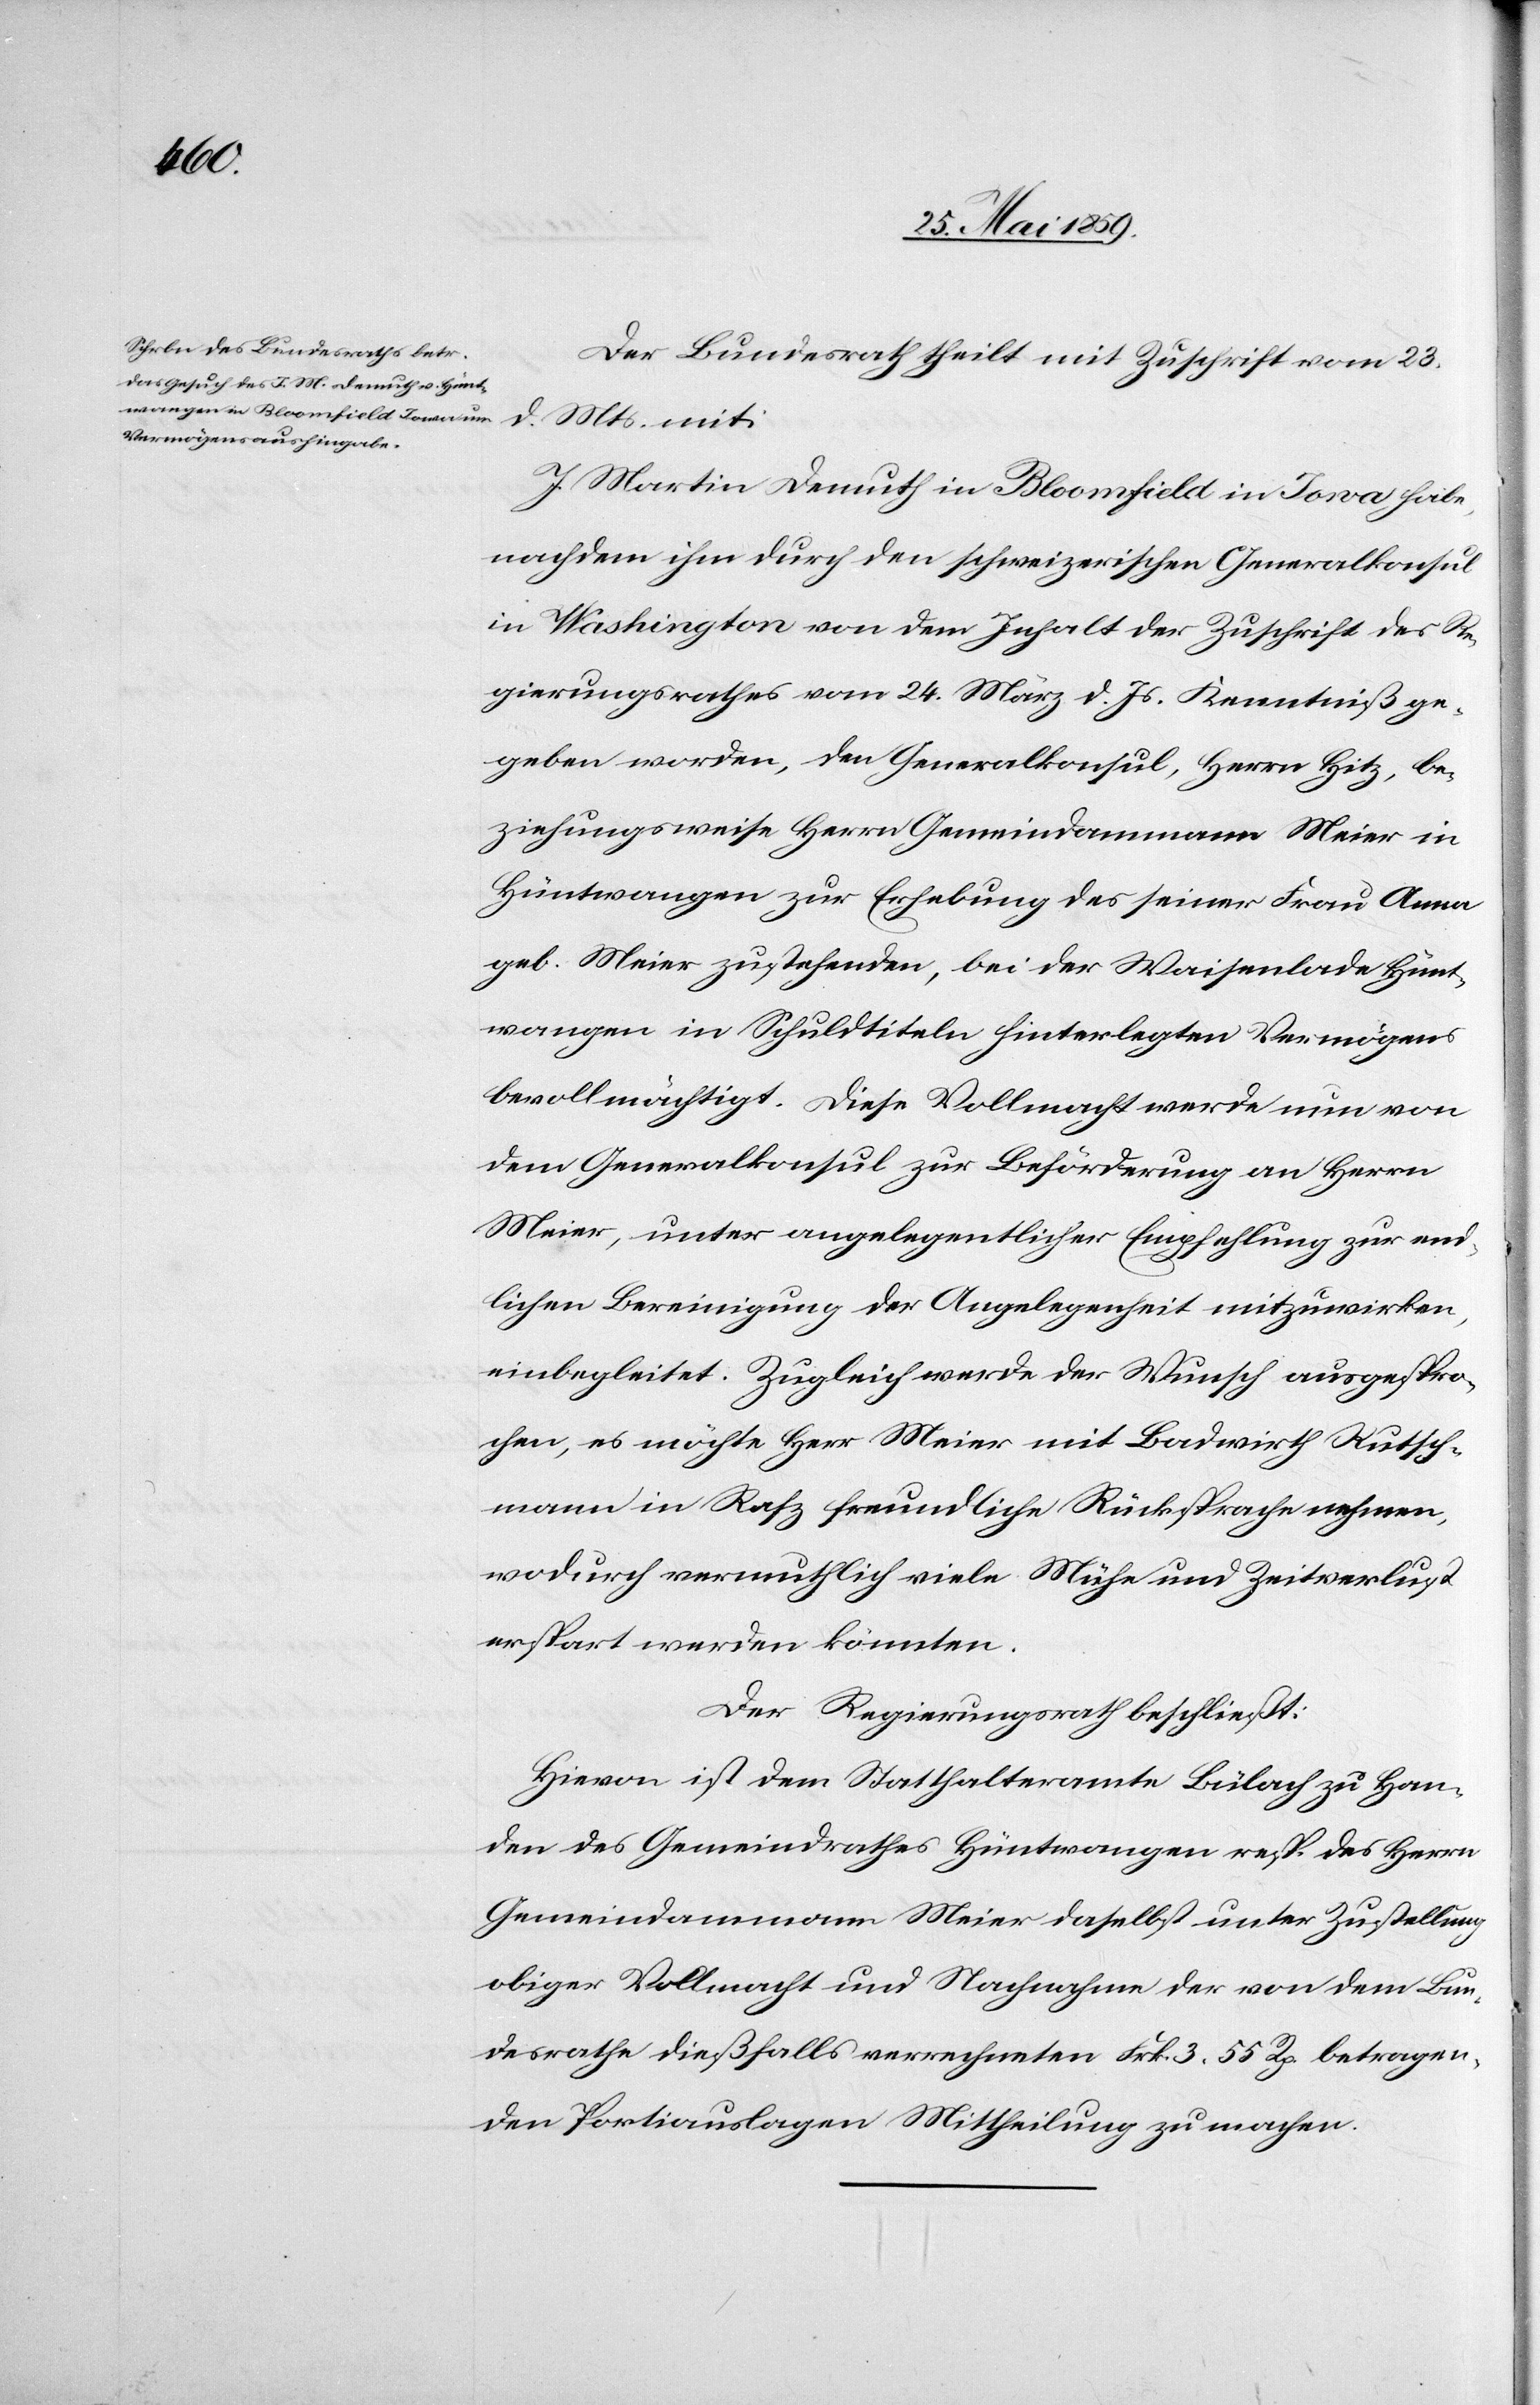
Der Bundesrath theilt mit Zuschrift vom 23.
d. Mts. mit:
J. Martin Demuth in Bloomfield in Iowa habe,
nachdem ihm durch den schweizerischen Generalkonsul
in Washington von dem Inhalt der Zuschrift des Re¬
gierungsrathes vom 24. März d. Js. Kenntniß ge¬
geben worden, den Generalkonsul, Herrn Hitz, be¬
ziehungsweise Herrn Gemeindamman Meier in
Hüntwangen zur Erhebung des seiner Frau Anna
geb. Meier zustehenden, bei der Waisenlade Hünt¬
wangen in Schuldtiteln hinterlegten Vermögens
bevollmächtigt. Diese Vollmacht werde nun von
dem Generalkonsul zur Beförderung an Herrn
Meier, unter angelegentlicher Empfehlung zur end¬
lichen Bereinigung der Angelegenheit mitzuwirken,
einbegleitet. Zugleich werde der Wunsch ausgespro¬
chen, es möchte Herr Meier mit Badwirth Kutsch¬
mann in Rafz freundliche Rücksprache nehmen,
wodurch vermuthlich viele Mühe und Zeitverlust
erspart werden könnten.
Der Regierungsrath beschließt:
Hievon ist dem Statthalteramte Bülach zu Han¬
den des Gemeindrathes Hüntwangen resp. des Herrn
Gemeindammann Meier daselbst unter Zustellung
obiger Vollmacht und Nachnahme der von dem Bun¬
desrath dießfalls verrechneten Frk. 3.55 Rp. betragen¬
den Portiauslagen Mittheilung zu machen.